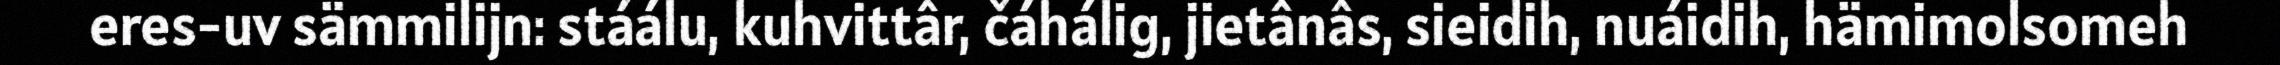
eres-uv sämmilijn: stáálu, kuhvittâr, čáhálig, jietânâs, sieidih, nuáidih, hämimolsomeh